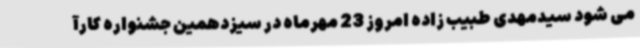
می شود سیدمهدی طبیب زاده امروز 23 مهرماه در سیزدهمین جشنواره کارآ